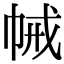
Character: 𢂵